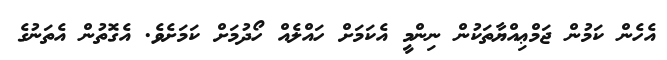
އެހެން ކަމުން ޖަމްޢިއްޔާތަކުން ނިންމީ އެކަމަށް ހައްލެއް ހޯދުމަށް ކަމަށެވެ. އެގޮތުން އެތަނުގެ